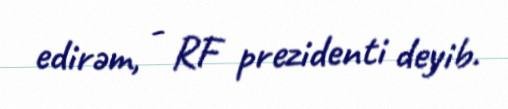
edirəm, - RF prezidenti deyib.